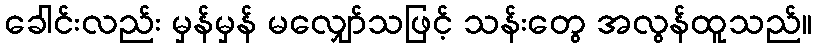
ခေါင်းလည်း မှန်မှန် မလျှော်သဖြင့် သန်းတွေ အလွန်ထူသည်။